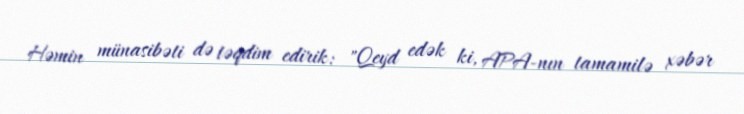
Həmin münasibəti də təqdim edirik: "Qeyd edək ki, APA-nın tamamilə xəbər